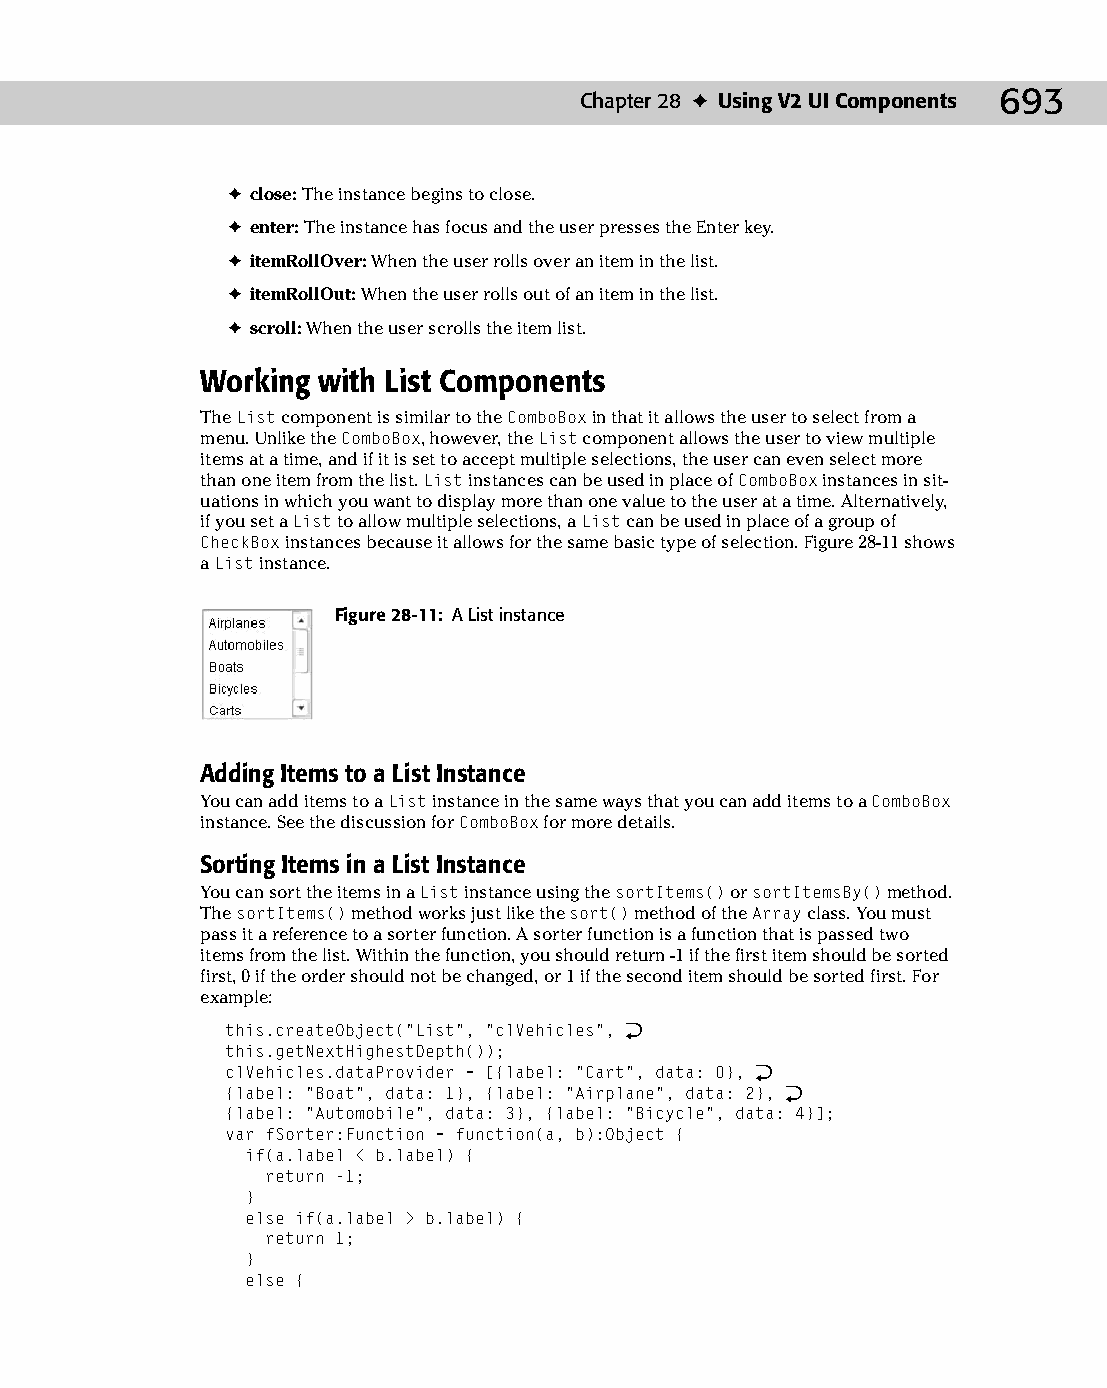
37 543547 ch28.qxd 3/24/04 4:08 PM Page 693
 Chapter 28 ✦ Using V2 UI Components 693
 ✦ close: The instance begins to close.
 ✦ enter: The instance has focus and the user presses the Enter key.
 ✦ itemRollOver: When the user rolls over an item in the list.
 ✦ itemRollOut: When the user rolls out of an item in the list.
 ✦ scroll: When the user scrolls the item list.
 Working with List Components
 The List component is similar to the ComboBox in that it allows the user to select from a
 menu. Unlike the ComboBox, however, the List component allows the user to view multiple
 items at a time, and if it is set to accept multiple selections, the user can even select more
 than one item from the list. List instances can be used in place of ComboBox instances in sit­
 uations in which you want to display more than one value to the user at a time. Alternatively,
 if you set a List to allow multiple selections, a List can be used in place of a group of
 CheckBox instances because it allows for the same basic type of selection. Figure 28-11 shows
 a List instance.
 Figure 28-11: A List instance
 Adding Items to a List Instance
 You can add items to a List instance in the same ways that you can add items to a ComboBox
 instance. See the discussion for ComboBox for more details.
 Sorting Items in a List Instance
 You can sort the items in a List instance using the sortItems() or sortItemsBy() method.
 The sortItems() method works just like the sort() method of the Array class. You must
 pass it a reference to a sorter function. A sorter function is a function that is passed two
 items from the list. Within the function, you should return -1 if the first item should be sorted
 first, 0 if the order should not be changed, or 1 if the second item should be sorted first. For
 example:
 this.createObject(“List”, “clVehicles”, Æ
 this.getNextHighestDepth());
 clVehicles.dataProvider = [{label: “Cart”, data: 0}, Æ
 {label: “Boat”, data: 1}, {label: “Airplane”, data: 2}, Æ
 {label: “Automobile”, data: 3}, {label: “Bicycle”, data: 4}];
 var fSorter:Function = function(a, b):Object {
 if(a.label < b.label) {
 return -1;
 }
 else if(a.label > b.label) {
 return 1;
 }
 else {